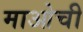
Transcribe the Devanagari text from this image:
माओची